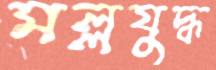
মল্লযুদ্ধ